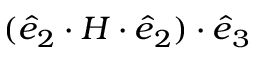
( \boldsymbol { \hat { e } } _ { 2 } \cdot \boldsymbol { H } \cdot \boldsymbol { \hat { e } } _ { 2 } ) \cdot \boldsymbol { \hat { e } } _ { 3 }